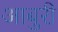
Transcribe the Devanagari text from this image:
आबुरी